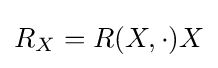
R_{X}=R(X,\cdot )X